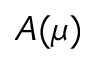
A ( \mu )